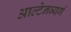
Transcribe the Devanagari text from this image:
आल्टेनब्यर्ग